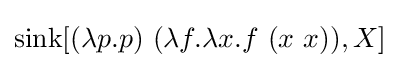
\operatorname {sink} [(\lambda p.p)\ (\lambda f.\lambda x.f\ (x\ x)),X]